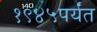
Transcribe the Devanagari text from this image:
१९४५पर्यंत